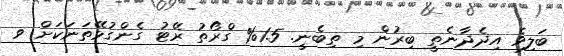
ބަލިވެ އިދެދާނެތީ ބިރުން މި ތިބެނީ. 1.5% ގްރޯތު ރޭޓު ގެންގުޅޭތަނަކަށް ވ